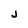
Character: j